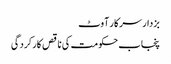
بزدار سرکار آوٹ
پنجاب حکومت کی ناقص کارکردگی